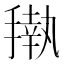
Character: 𰔟